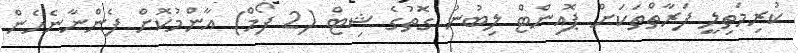
ކުރިމަތިލީ ފަރާތްތަކަށް ޕޮއިންޓް ލިބުނު ގޮތުގެ ޝިޓް (2 ފޯމް) އާންމުކޮށް ފެންނާނެހެން